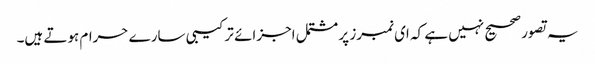
یہ تصور صحیح نہیں ہے کہ ای نمبرز پر مشتمل اجزائے ترکیبی سارے حرام ہوتے ہیں۔